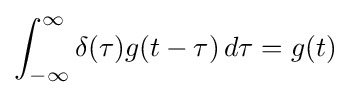
\int _{-\infty }^{\infty }\delta (\tau )g(t-\tau )\,d\tau =g(t)